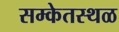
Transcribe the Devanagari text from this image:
सम्केतस्थळ